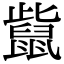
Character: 𪕊